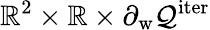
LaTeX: \mathbb{R}^{2}\times\mathbb{R}\times\partial_{\mathrm{w}}\mathcal{Q}^{\mathrm{iter}}